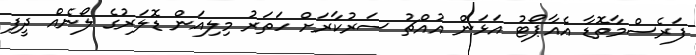
ފަރެސްމާތޮޑާ އެއާޕޯޓު އަޅަން އުއްޗު ސަރުކާރަށް ހަތަރު މިލިއަން ޑޮލަރުގެ ލޯނެއް ދީފި